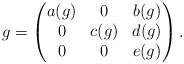
LaTeX: \begin{align*}g=\begin{pmatrix}a(g)& 0 &b(g)\\0 &c(g)&d(g)\\0 & 0& e(g)\end{pmatrix}.\end{align*}